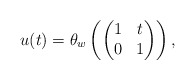
\begin{align*} u(t)=\theta_w\left(\begin{pmatrix} 1&t\\0&1\end{pmatrix}\right),\end{align*}